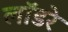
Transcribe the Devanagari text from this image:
लॉडरे